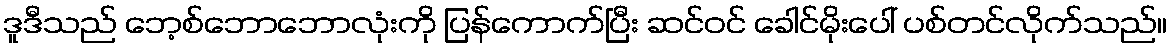
ဒူဒီသည် ဘေ့စ်ဘောဘောလုံးကို ပြန်ကောက်ပြီး ဆင်ဝင် ခေါင်မိုးပေါ် ပစ်တင်လိုက်သည်။